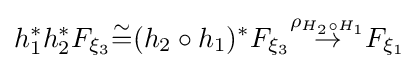
h_{1}^{*}h_{2}^{*}F_{\xi _{3}}{\overset {\sim }{=}}(h_{2}\circ h_{1})^{*}F_{\xi _{3}}{\overset {\rho _{H_{2}\circ H_{1}}}{\to }}F_{\xi _{1}}